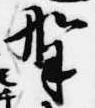
野